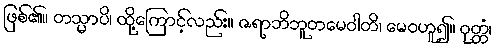
ဖြစ်၏။ တသ္မာပိ၊ ထို့ကြောင့်လည်း။ ဇရာဘိဘူတမေဝါတိ၊ မေဝဟူ၍။ ဝုတ္တံ၊